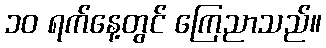
၁၀ ရက်နေ့တွင် ကြေညာသည်။